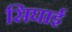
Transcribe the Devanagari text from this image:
सिघाई